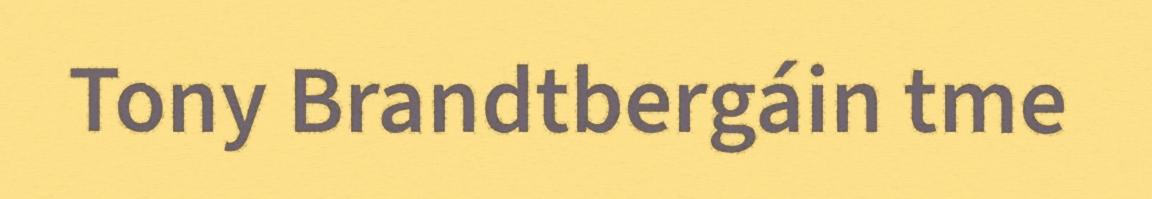
Tony Brandtbergáin tme